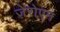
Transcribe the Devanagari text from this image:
जेरोएन